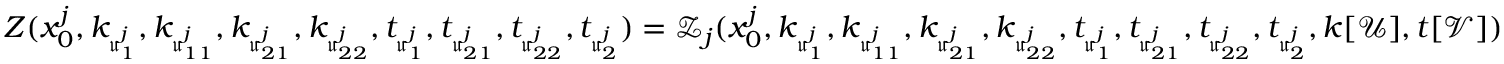
Z ( x _ { 0 } ^ { j } , k _ { \mathfrak u _ { 1 } ^ { j } } , k _ { \mathfrak u _ { 1 1 } ^ { j } } , k _ { \mathfrak u _ { 2 1 } ^ { j } } , k _ { \mathfrak u _ { 2 2 } ^ { j } } , t _ { \mathfrak u _ { 1 } ^ { j } } , t _ { \mathfrak u _ { 2 1 } ^ { j } } , t _ { \mathfrak u _ { 2 2 } ^ { j } } , t _ { \mathfrak u _ { 2 } ^ { j } } ) = \mathcal Z _ { j } ( x _ { 0 } ^ { j } , k _ { \mathfrak u _ { 1 } ^ { j } } , k _ { \mathfrak u _ { 1 1 } ^ { j } } , k _ { \mathfrak u _ { 2 1 } ^ { j } } , k _ { \mathfrak u _ { 2 2 } ^ { j } } , t _ { \mathfrak u _ { 1 } ^ { j } } , t _ { \mathfrak u _ { 2 1 } ^ { j } } , t _ { \mathfrak u _ { 2 2 } ^ { j } } , t _ { \mathfrak u _ { 2 } ^ { j } } , k [ \mathcal U ] , t [ \mathcal V ] )